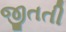
જીતતી